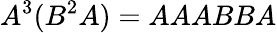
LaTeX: A^{3}(B^{2}A)=AAABBA